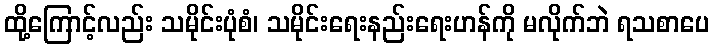
ထို့ကြောင့်လည်း သမိုင်းပုံစံ၊ သမိုင်းရေးနည်းရေးဟန်ကို မလိုက်ဘဲ ရသစာပေ